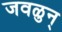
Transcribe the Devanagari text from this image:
जवळुन्